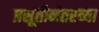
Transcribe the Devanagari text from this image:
प्रसूतीनंतरच्या